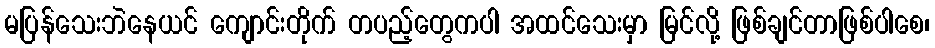
မပြန်သေးဘဲနေယင် ကျောင်းတိုက် တပည့်တွေကပါ အထင်သေးမှာ မြင်လို့ ဖြစ်ချင်တာဖြစ်ပါစေ၊